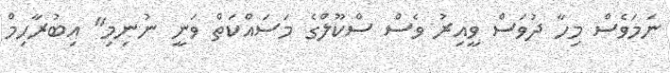
ނަމަވެސް މިހާ ދުވަސް ވީއިރު ވެސް ސްކޫލްގެ މަސައްކަތް ވަނީ ނުނިމި" އިބުރާހިމް